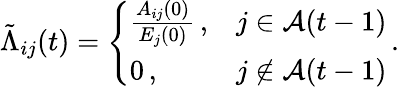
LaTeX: \tilde{\Lambda}_{ij}(t)=\left\{ \begin{array}{ll}{\frac{A_{ij}(0)}{E_{j}(0)}\, ,}&{j\in\mathcal{A}(t-1)}\\ {0\, ,}&{j\not\in\mathcal{A}(t-1)}\end{array}\right.\, .